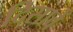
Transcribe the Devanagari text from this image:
दिसावें